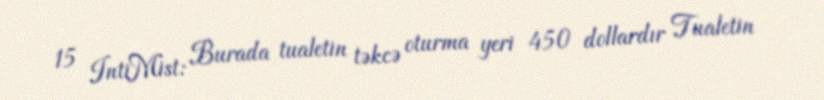
15 IntiMist: Burada tualetin təkcə oturma yeri 450 dollardır Tualetin